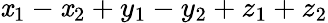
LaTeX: \mathit{x}_{1}-\mathit{x}_{2}+y_{1}-y_{2}+z_{1}+z_{2}